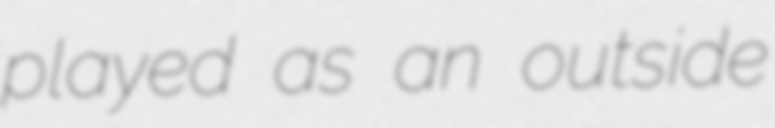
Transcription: played as an outside